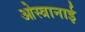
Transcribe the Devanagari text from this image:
ओस्त्रानाई